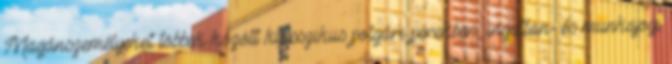
Magánszemélyeket többek között klasszikus polgári perekben, ingatlan- és munkajogi